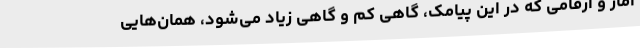
آمار و ارقامی که در این پیامک، گاهی کم و گاهی زیاد می‌شود، همان‌هایی